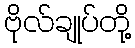
ဗိုလ်ချုပ်တို့